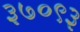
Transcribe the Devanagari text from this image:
३७०९३